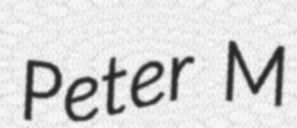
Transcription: Peter M